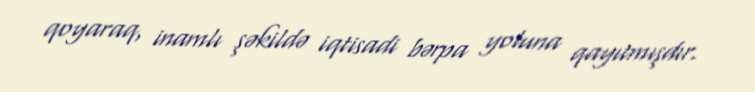
qoyaraq, inamlı şəkildə iqtisadi bərpa yoluna qayıtmışdır.